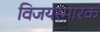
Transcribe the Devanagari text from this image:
विजयस्मारक